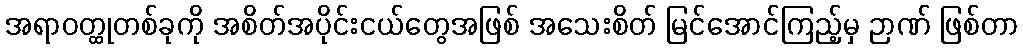
အရာဝတ္ထုတစ်ခုကို အစိတ်အပိုင်းငယ်တွေအဖြစ် အသေးစိတ် မြင်အောင်ကြည့်မှ ဉာဏ် ဖြစ်တာ